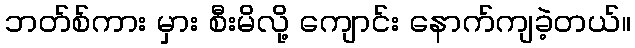
ဘတ်စ်ကား မှား စီးမိလို့ ကျောင်း နောက်ကျခဲ့တယ်။